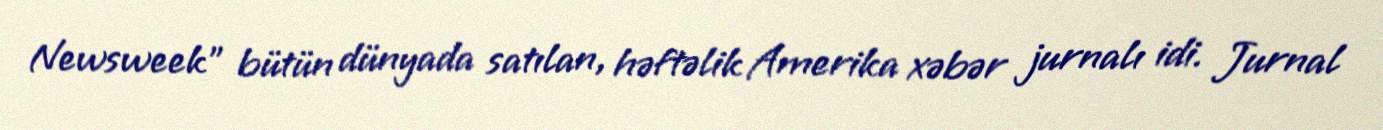
Newsweek" bütün dünyada satılan, həftəlik Amerika xəbər jurnalı idi. Jurnal